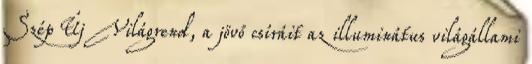
Szép Új Világ­rend, a jövő csíráit az illuminátus világállami